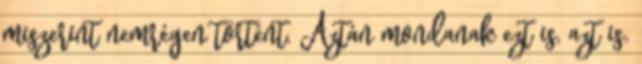
miszerint nemrégen történt. Aztán mondanak ezt is, azt is.